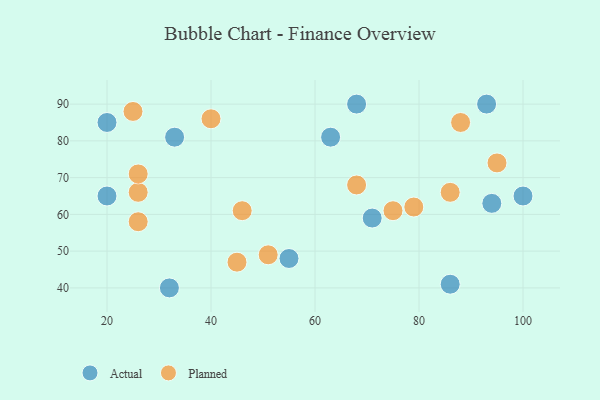
{"axis": {"x": "GDP", "y": "Life Expectancy"}, "legend": ["Actual", "Planned"], "data": [{"x": "20", "y": 85, "type": "Actual"}, {"x": "20", "y": 65, "type": "Actual"}, {"x": "55", "y": 48, "type": "Actual"}, {"x": "63", "y": 81, "type": "Actual"}, {"x": "100", "y": 65, "type": "Actual"}, {"x": "93", "y": 90, "type": "Actual"}, {"x": "86", "y": 41, "type": "Actual"}, {"x": "94", "y": 63, "type": "Actual"}, {"x": "33", "y": 81, "type": "Actual"}, {"x": "68", "y": 90, "type": "Actual"}, {"x": "71", "y": 59, "type": "Actual"}, {"x": "32", "y": 40, "type": "Actual"}, {"x": "25", "y": 88, "type": "Planned"}, {"x": "79", "y": 62, "type": "Planned"}, {"x": "26", "y": 58, "type": "Planned"}, {"x": "26", "y": 66, "type": "Planned"}, {"x": "95", "y": 74, "type": "Planned"}, {"x": "40", "y": 86, "type": "Planned"}, {"x": "86", "y": 66, "type": "Planned"}, {"x": "51", "y": 49, "type": "Planned"}, {"x": "88", "y": 85, "type": "Planned"}, {"x": "68", "y": 68, "type": "Planned"}, {"x": "45", "y": 47, "type": "Planned"}, {"x": "75", "y": 61, "type": "Planned"}, {"x": "26", "y": 71, "type": "Planned"}, {"x": "46", "y": 61, "type": "Planned"}]}